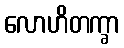
လောဟိတက္ခာ